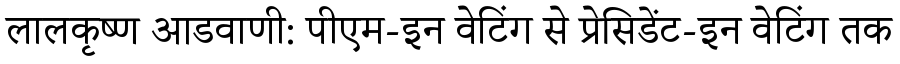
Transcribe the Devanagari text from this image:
लालकृष्ण आडवाणी: पीएम-इन वेटिंग से प्रेसिडेंट-इन वेटिंग तक